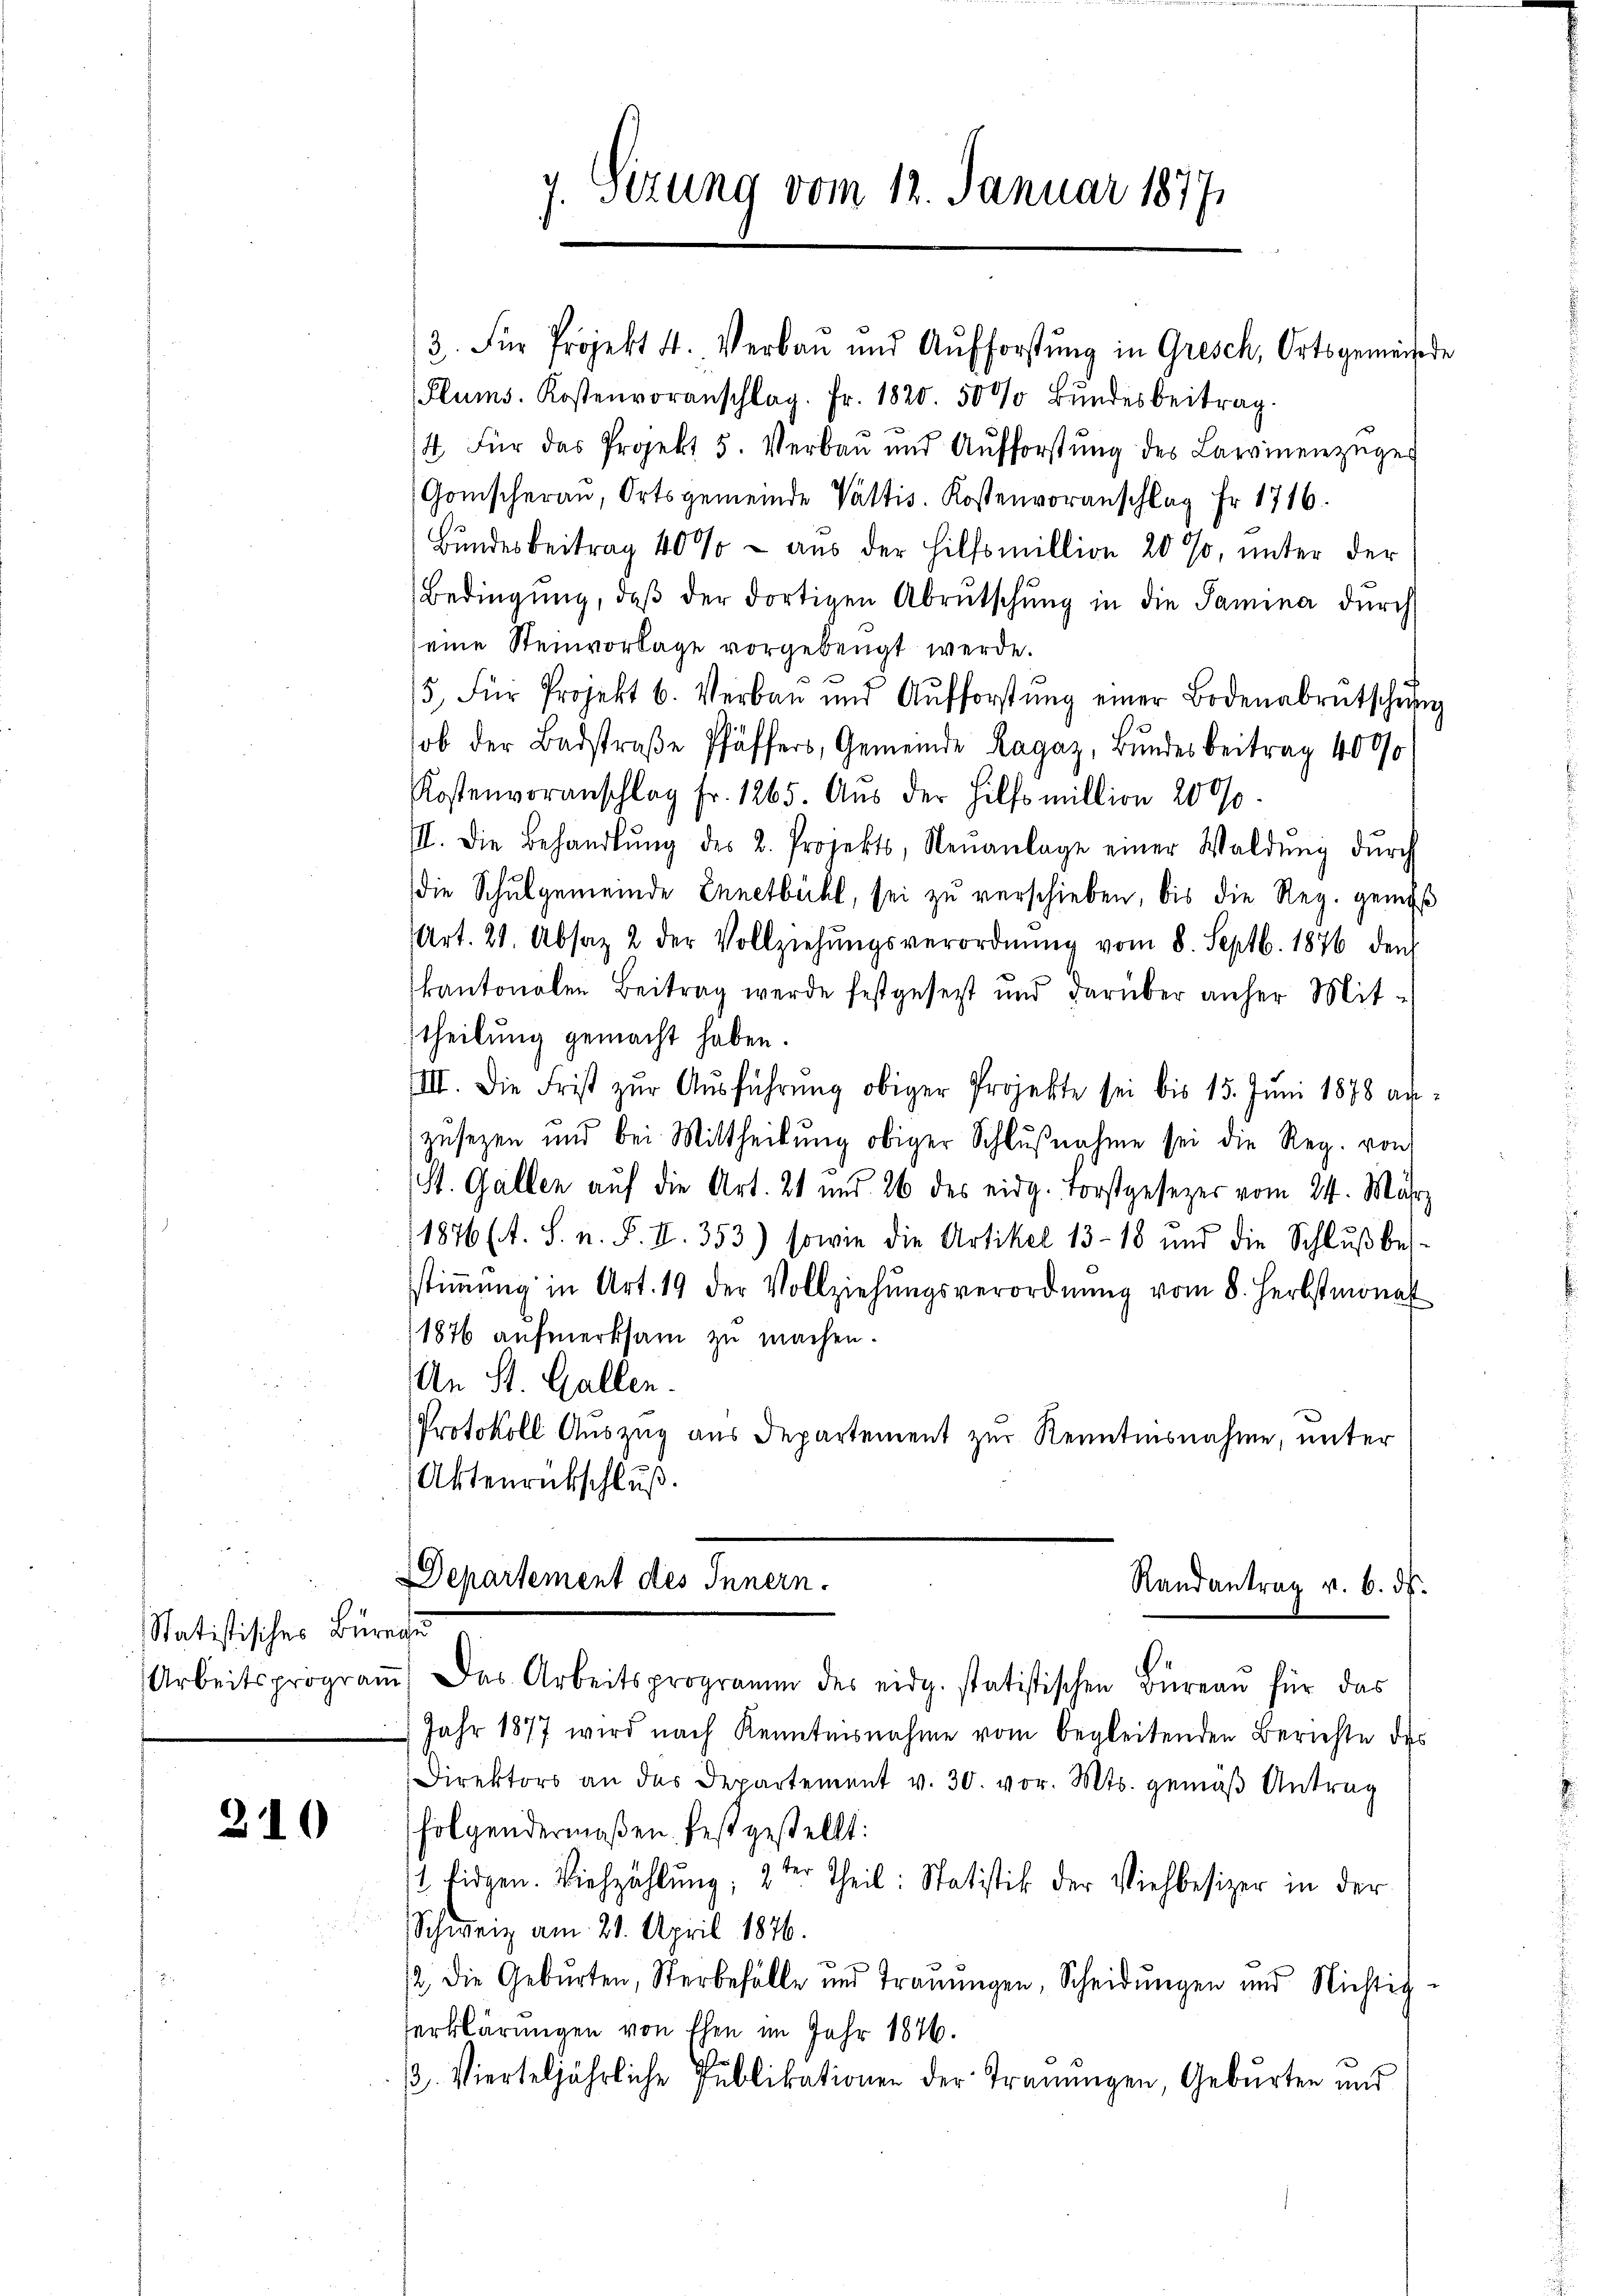
Statistisches Büreau

210

g. Sizung vom 12. Januar 18771

13. Für Projekt 4. Verbaŭ ŭnd Aŭfforstŭng in Gresch, Ortsgemeinsede
Plums. Kostenvoranschlag. Fr. 1820. 5000 Bŭndesbeitrag.
.
14. Für das Projekt 5. Verbaŭ und Aŭfforstŭng des Lawinenzüger
Gomischerau, Ortsgemeinde Valtis. Kostenvoranschlag Fr. 1716
Bundesbeitrag 40% - aus der Hilfsmillion 20 %, unter der
Bedingŭng, daβ der dortigen Abrutschŭng in die Samina dŭrch
seine Steinvorlage vorgebeugt werde.
5, für Projekt b. Verbau und Aŭfforstŭng einer Bodenabrütschŭng
ob der Badstraβe Pfäffers, Gemeinde Lagaz, Bundesbeitrag 4000
Kostenvoranschlag fr. 1265. Aŭs der Hilfsmillion 2000
III. Die Behandlŭng des 2. Projekts, Neŭanlage einer Waldŭng dŭrch
die Schulgemeinde Ennetbühl, sei zu verschieben, bis die Reg. gene
Art. 21. Absaz 2 der Vollziehŭngsverordnŭng vom 8. Septb. 1876 den
kantonalen Beitrag werde festgesetzt und darüber anher Mit-
theilung gemacht haben.
VIII. Die Frist zŭr Aŭsführŭng obiger Projekte sei bis 15. Jŭni 1878 an-
zusetzen und bei Mittheilŭng obiger Schlŭβnahme sei die Reg. von
St. Gallen auf die Art. 21 und 26 des eidg. Forstgesezes vom 24. März
1876 (A. S. n. F. II. 353) sowie die Artikel 13-18 und die Schlŭβbes-
stiṁŭng in Art. 19 der Vollziehŭngsverordnŭng vom 8. Herbstmonat
1876 aufmerksam zu machen.
An St. Gallen.
Protokoll Auszug aus Departement zur Renntinsnahme, unter
Aktenrückschluß.

Departement des Innern.
Randantrag v. 6. ds.

Arbeitsprograṁ) Das Arbeitsprogramm des eidg. statistischen Büreau für das
Jahr 1877 wird nach Kenntnisnahme vom begleitenden Berichte des
Direktors an das Departement v. 30. vor. Mts. gemäβ Antrag
folgendermaßen festgestellt:
st Eidgen. Viehzählŭng, 2ter Theil: Statistik der Viehbesizer in der
Schweiz am 21. April 1876.
12. die Geburten, Sterbefälle und Trauungen, Scheidŭngen und Nichtig
serklärungen von Ehen im Jahr 1876.
/. Vierteljährliche Pŭblikationen der Trauungen, Geburten und